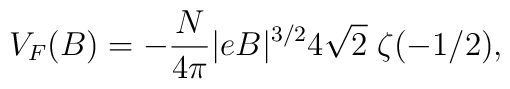
V_F (B) = -\frac{N}{4\pi} |eB|^{3/2} 4\sqrt{2}\;\zeta(-1/2),